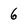
Character: 6